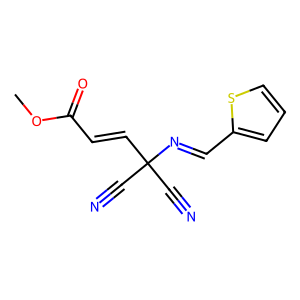
SMILES: COC(=O)C=CC(C#N)(C#N)N=Cc1cccs1
Inhibits HIV replication: No